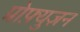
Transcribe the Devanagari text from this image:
प्रोफ़्युज़न